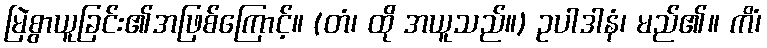
မြဲစွာယူခြင်း၏အဖြစ်ကြောင့်။ (တံ၊ ထို အယူသည်။) ဥပါဒါနံ၊ မည်၏။ ကိံ၊